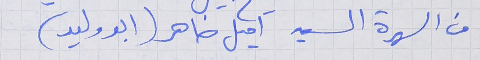
من السهرة السيد آميل ضاهر (ابو وليد )